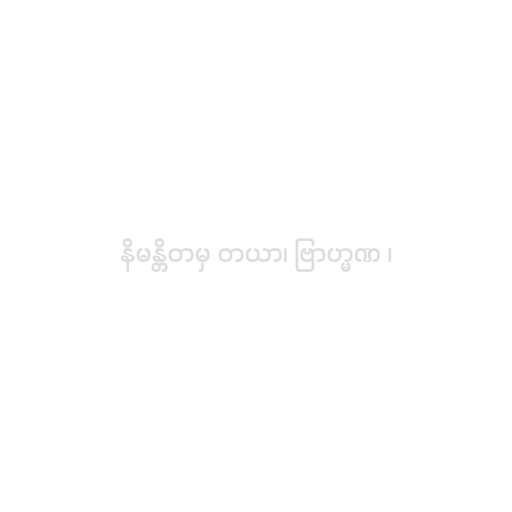
နိမန္တိတမှ တယာ၊ ဗြာဟ္မဏ ၊